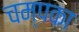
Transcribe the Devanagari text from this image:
चम्पका